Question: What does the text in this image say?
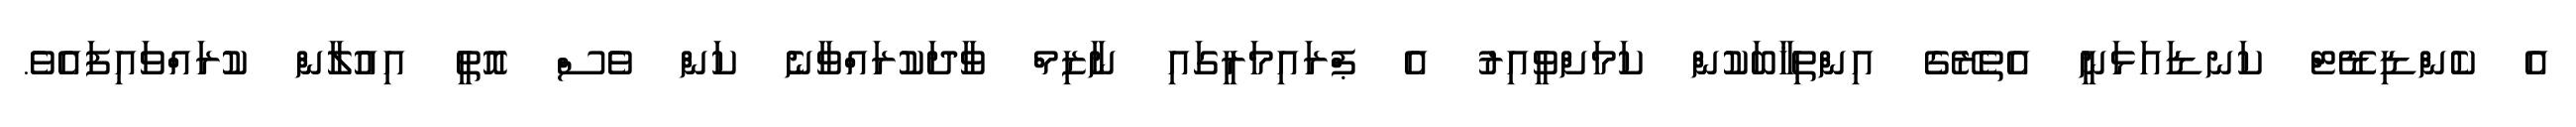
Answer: އެ ކެންޑިޑޭޓް ކަނޑައަޅަނީ އެތެރޭގެ އިންތިޚާބަކުން ކަމަށްވީއިރު އެ ޕްރައިމަރީގައި ނާޒިމް ވާދަކުރައްވާނެ ކަން ވެސް އޮތީ އިއުލާން ކުރައްވައިފައެވެ.